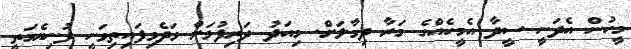
މީހުން އެދަނީ ސީދާ އެމީހެއްގެ މަރާ ދިމާލަށް. މިއަދު ދަރިފުޅަށް ވަދެވިފައިތިވަނީ ދުނިޔެމަތީ